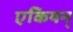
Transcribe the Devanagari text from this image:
एकियन्